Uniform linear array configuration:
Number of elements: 4
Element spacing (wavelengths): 0.75
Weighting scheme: uniform
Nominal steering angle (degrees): -30
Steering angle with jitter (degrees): -30.115
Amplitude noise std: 0.05
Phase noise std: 0.05

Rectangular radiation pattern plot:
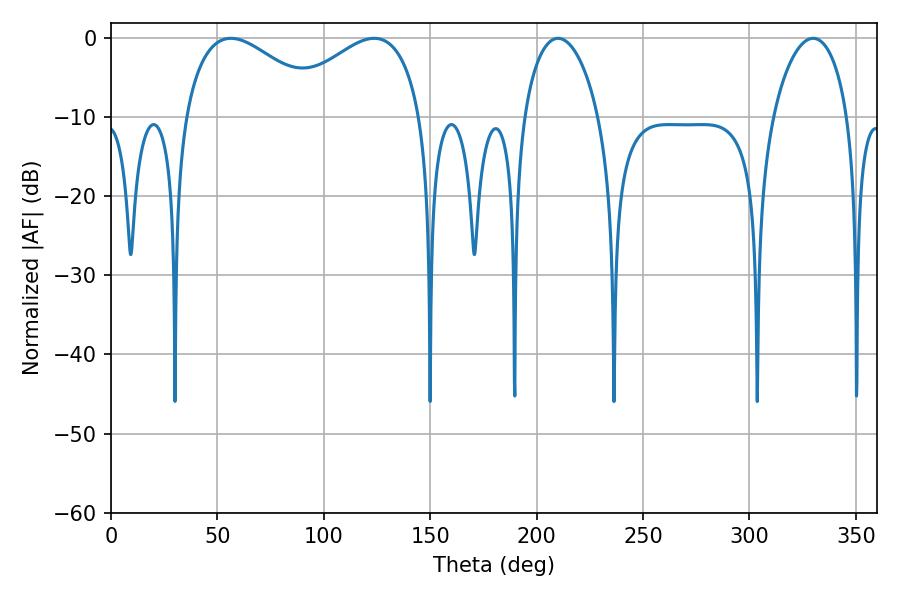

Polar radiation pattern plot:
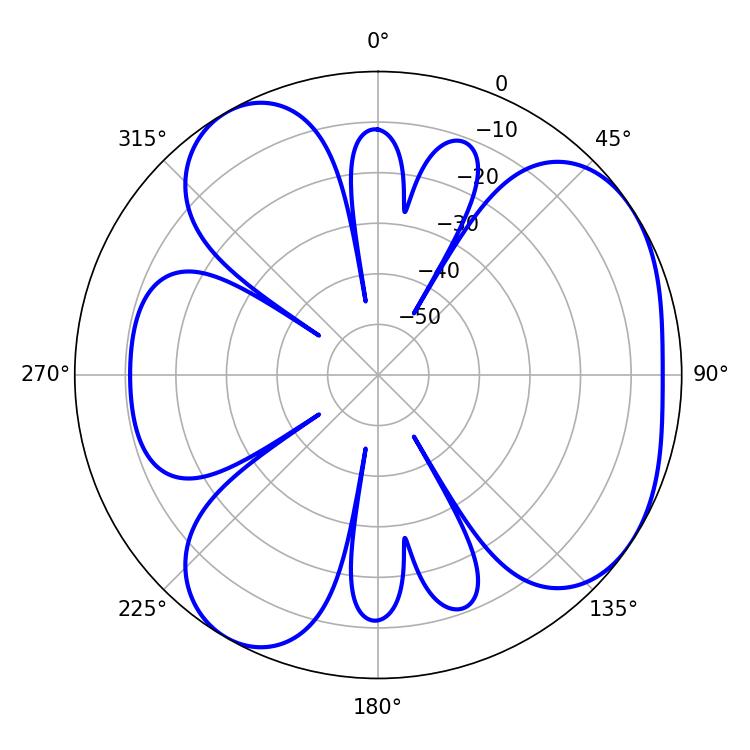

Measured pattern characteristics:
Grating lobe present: TRUE
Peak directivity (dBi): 4.863
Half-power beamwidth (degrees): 36.54
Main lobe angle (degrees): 56.34